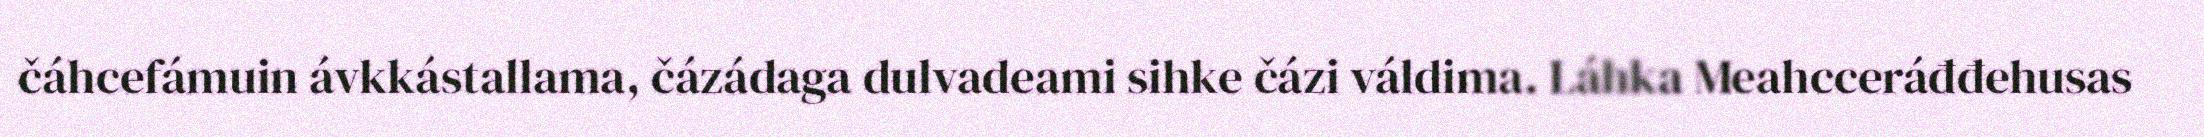
čáhcefámuin ávkkástallama, čázádaga dulvadeami sihke čázi váldima. Láhka Meahcceráđđehusas